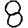
Digit: 8